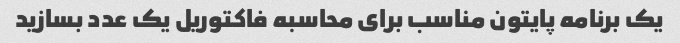
یک برنامه پایتون مناسب برای محاسبه فاکتوریل یک عدد بسازید